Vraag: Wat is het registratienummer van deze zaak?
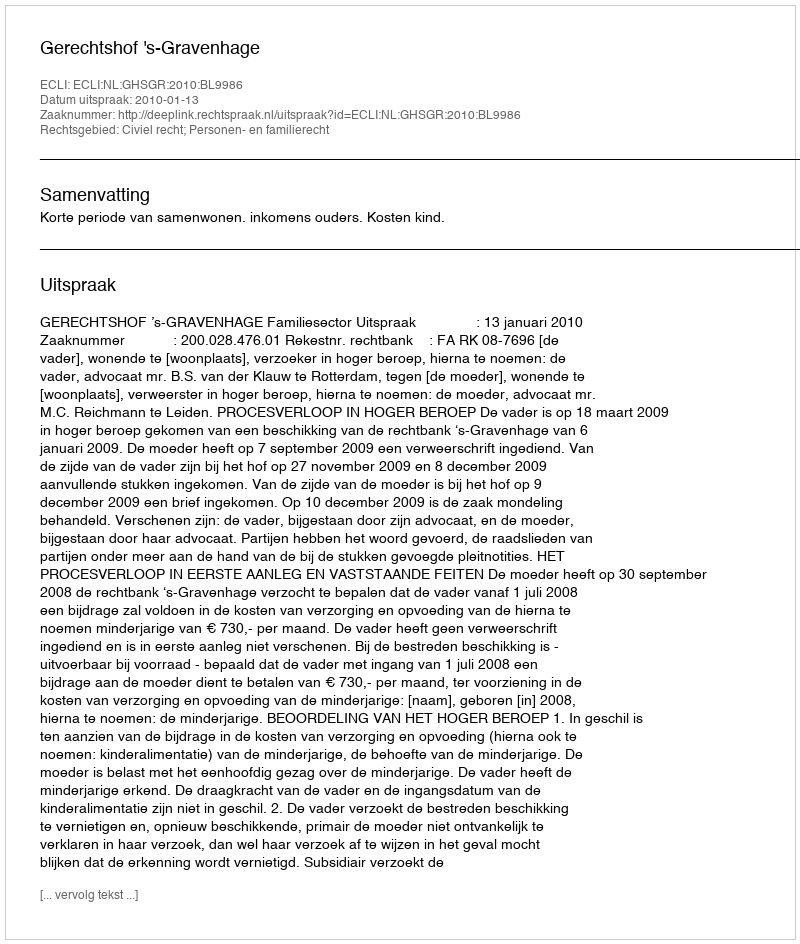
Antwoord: http://deeplink.rechtspraak.nl/uitspraak?id=ECLI:NL:GHSGR:2010:BL9986